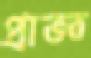
প্রাজ্ঞ